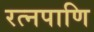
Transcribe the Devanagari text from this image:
रत्नपाणि